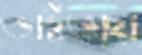
ভাইভায়